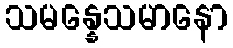
သမန္နေသမာနော